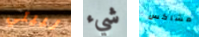
لبيتي شيء مشاكس